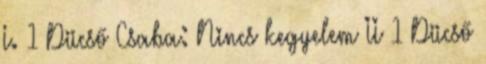
I. 1 Dücső Csaba: Nincs kegyelem II 1 Dücső